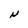
Character: N